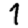
Digit: 1